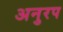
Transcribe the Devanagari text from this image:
अनुरप